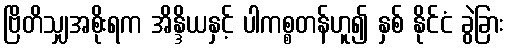
ဗြိတိသျှအစိုးရက အိန္ဒိယနှင့် ပါကစ္စတန်ဟူ၍ နှစ် နိုင်ငံ ခွဲခြား